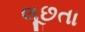
લૂછતા